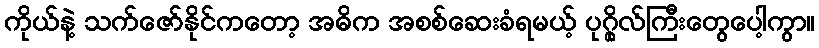
ကိုယ်နဲ့ သက်ဇော်နိုင်ကတော့ အဓိက အစစ်ဆေးခံရမယ့် ပုဂ္ဂိုလ်ကြီးတွေပေါ့ကွာ။